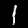
Label: 1